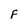
Character: F